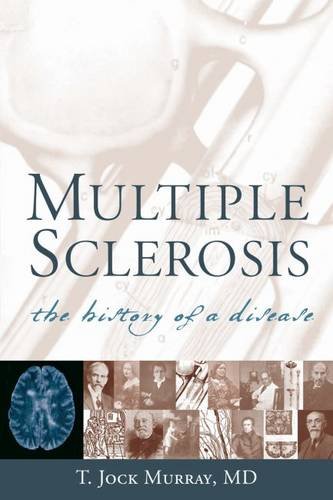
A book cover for Multiple Sclerosis; Dr. T. Jock Murray MS; Health, Fitness & Dieting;